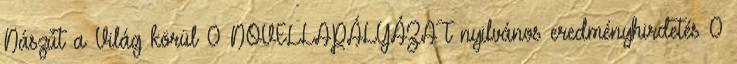
Nászút a Világ körül 0 NOVELLAPÁLYÁZAT nyilvános eredményhirdetés 0